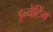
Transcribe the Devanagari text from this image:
इन्वेंटिंग